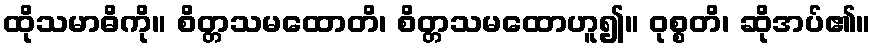
ထိုသမာဓိကို။ စိတ္တသမထောတိ၊ စိတ္တသမထောဟူ၍။ ဝုစ္စတိ၊ ဆိုအပ်၏။